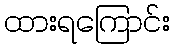
ထားရကြောင်း